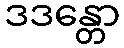
ဒဒန္တော